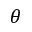
\theta